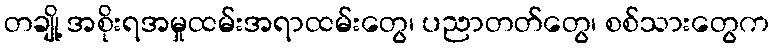
တချို့ အစိုးရအမှုထမ်းအရာထမ်းတွေ၊ ပညာတတ်တွေ၊ စစ်သားတွေက